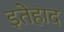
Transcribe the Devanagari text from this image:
इतेहाद